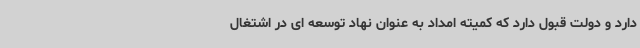
دارد و دولت قبول دارد که کمیته امداد به عنوان نهاد توسعه ای در اشتغال